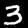
Label: 3